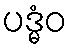
ပဒ္မံဝ